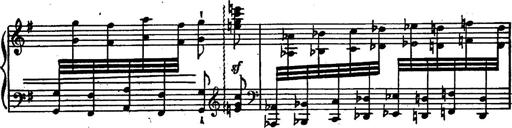
Title: Magyar rapszÃ³diÃ¡k
Composer: Franz Liszt